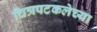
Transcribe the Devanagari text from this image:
चित्रपटकलेच्या